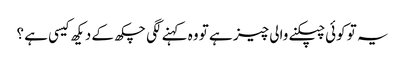
یہ تو کوئی چپکنے والی چیز ہے تو وہ کہنے لگی چکھ کے دیکھ کیسی ہے ؟